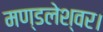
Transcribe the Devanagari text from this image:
मण्डलेश्वर।